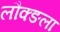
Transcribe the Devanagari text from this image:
लौक्ङला